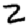
Digit: 2